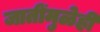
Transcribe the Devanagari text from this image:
जातींमुळेही